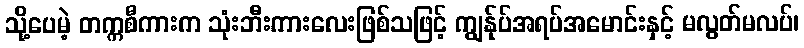
သို့ပေမဲ့ တက္ကစီကားက သုံးဘီးကားလေးဖြစ်သဖြင့် ကျွန်ုပ်အရပ်အမောင်းနှင့် မလွတ်မလပ်၊